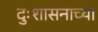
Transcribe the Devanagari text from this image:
दुःशासनाच्या